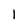
Character: 1